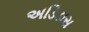
અડિડાસ